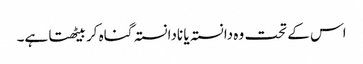
اس کے تحت وہ دانستہ یا نادانستہ گناہ کر بیٹھتا ہے۔